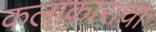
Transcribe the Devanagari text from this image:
कलाकाराचा